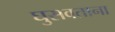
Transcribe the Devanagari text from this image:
घुसवताना